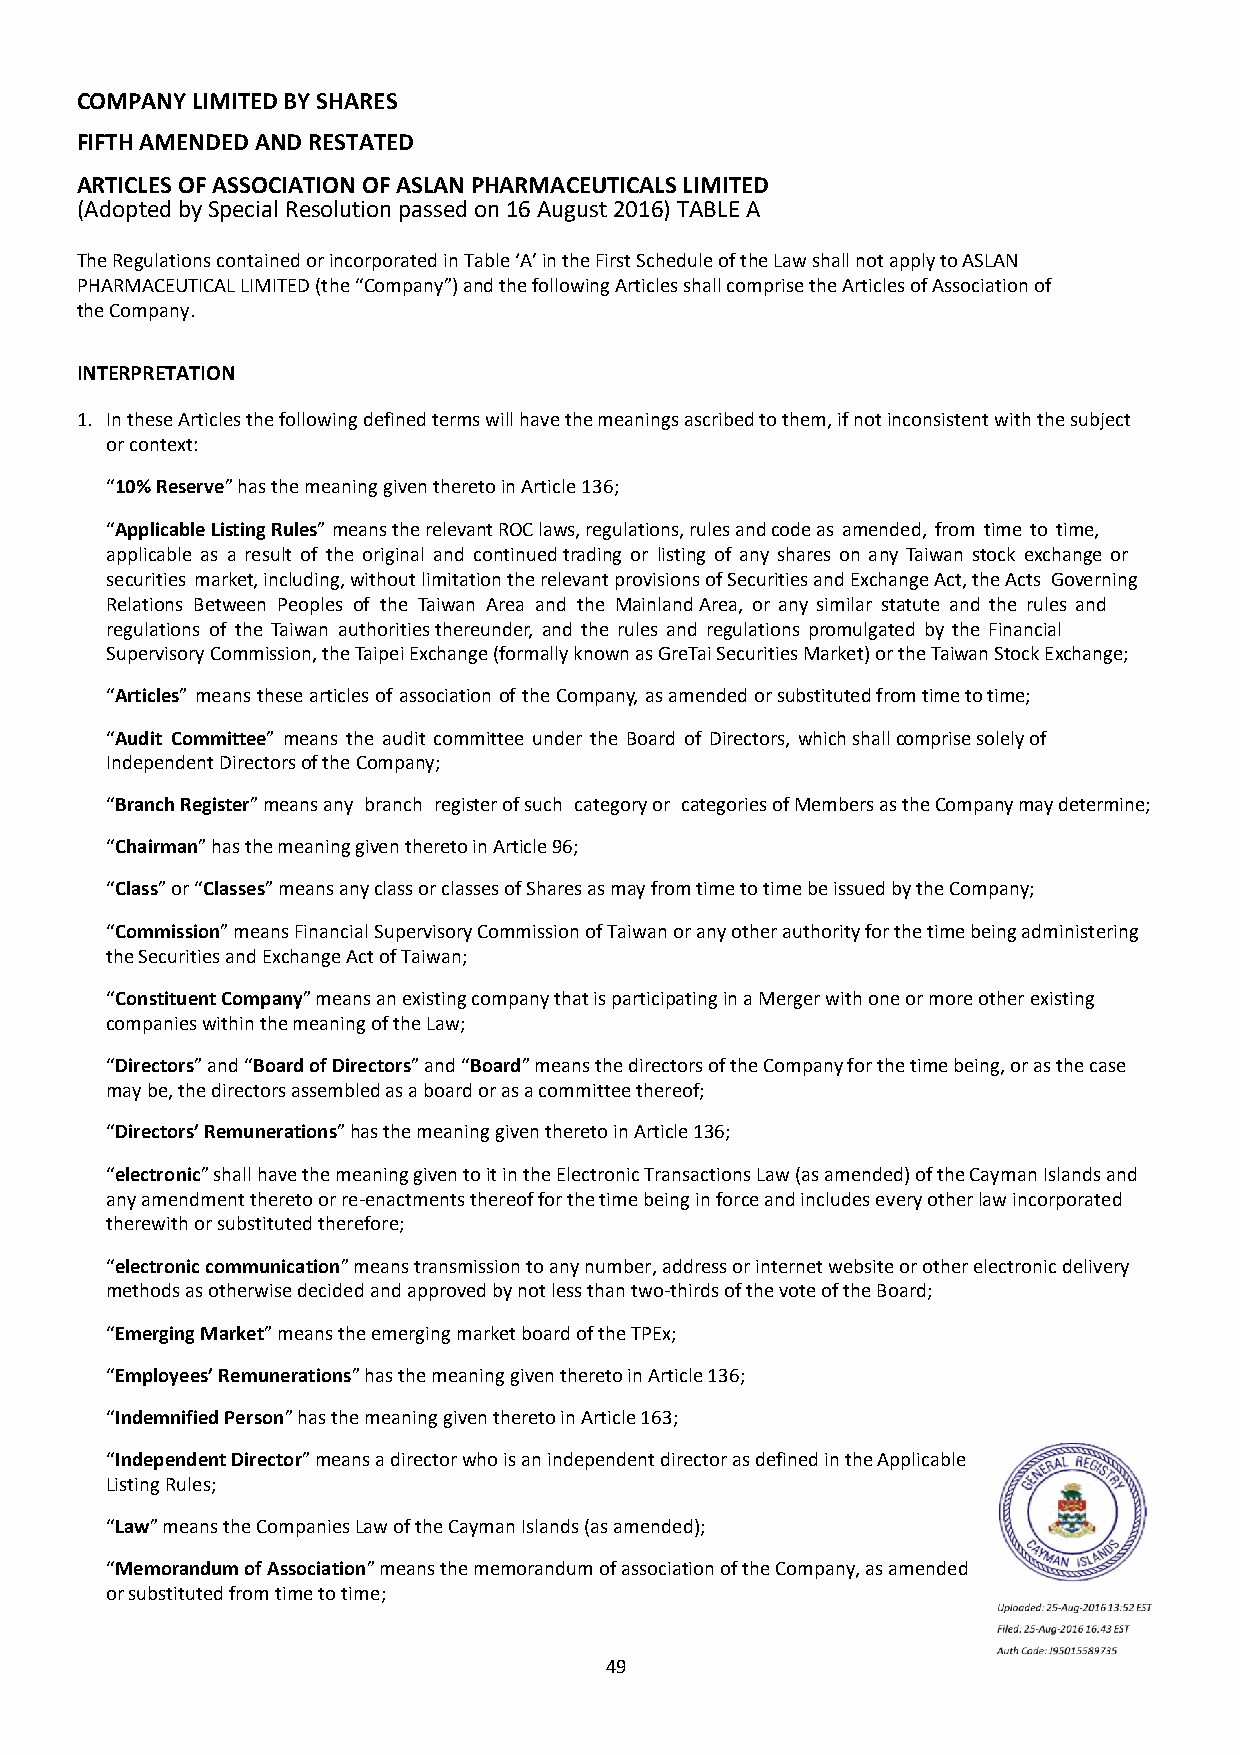
COMPANY LIMITED BY SHARES
 FIFTH AMENDED AND RESTATED
 ARTICLES OF ASSOCIATION OF ASLAN PHARMACEUTICALS LIMITED
 (Adopted by Special Resolution passed on 16 August 2016) TABLE A
 The Regulations contained or incorporated in Table ‘A’ in the First Schedule of the Law shall not apply to ASLAN
 PHARMACEUTICAL LIMITED (the “Company”) and the following Articles shall comprise the Articles of Association of
 the Company.
 INTERPRETATION
 1. In these Articles the following defined terms will have the meanings ascribed to them, if not inconsistent with the subject
 or context:
 “10% Reserve” has the meaning given thereto in Article 136;
 “Applicable Listing Rules” means the relevant ROC laws, regulations, rules and code as amended, from time to time,
 applicable as a result of the original and continued trading or listing of any shares on any Taiwan stock exchange or
 securities market, including, without limitation the relevant provisions of Securities and Exchange Act, the Acts Governing
 Relations Between Peoples of the Taiwan Area and the Mainland Area, or any similar statute and the rules and
 regulations of the Taiwan authorities thereunder, and the rules and regulations promulgated by the Financial
 Supervisory Commission, the Taipei Exchange (formally known as GreTai Securities Market) or the Taiwan Stock Exchange;
 “Articles” means these articles of association of the Company, as amended or substituted from time to time;
 “Audit Committee” means the audit committee under the Board of Directors, which shall comprise solely of
 Independent Directors of the Company;
 “Branch Register” means any branch register of such category or categories of Members as the Company may determine;
 “Chairman” has the meaning given thereto in Article 96;
 “Class” or “Classes” means any class or classes of Shares as may from time to time be issued by the Company;
 “Commission” means Financial Supervisory Commission of Taiwan or any other authority for the time being administering
 the Securities and Exchange Act of Taiwan;
 “Constituent Company” means an existing company that is participating in a Merger with one or more other existing
 companies within the meaning of the Law;
 “Directors” and “Board of Directors” and “Board” means the directors of the Company for the time being, or as the case
 may be, the directors assembled as a board or as a committee thereof;
 “Directors’ Remunerations” has the meaning given thereto in Article 136;
 “electronic” shall have the meaning given to it in the Electronic Transactions Law (as amended) of the Cayman Islands and
 any amendment thereto or re-enactments thereof for the time being in force and includes every other law incorporated
 therewith or substituted therefore;
 “electronic communication” means transmission to any number, address or internet website or other electronic delivery
 methods as otherwise decided and approved by not less than two-thirds of the vote of the Board;
 “Emerging Market” means the emerging market board of the TPEx;
 “Employees’ Remunerations” has the meaning given thereto in Article 136;
 “Indemnified Person” has the meaning given thereto in Article 163;
 “Independent Director” means a director who is an independent director as defined in the Applicable
 Listing Rules;
 “Law” means the Companies Law of the Cayman Islands (as amended);
 “Memorandum of Association” means the memorandum of association of the Company, as amended
 or substituted from time to time;
 49